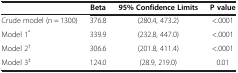
|  | Beta | 95% Confidence Limits | P value |
 | --- | --- | --- | --- |
 | Crude model (n = 1300) | 376.8 | (280.4, 473.2) | <.0001 |
 | Model 1* | 339.9 | (232.8, 447.0) | <.0001 |
 | Model 2† | 306.6 | (201.8, 411.4) | <.0001 |
 | Model 3‡ | 124.0 | (28.9, 219.0) | 0.01 |